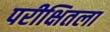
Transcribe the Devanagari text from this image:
परीक्षितला